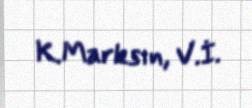
K.Marksın, V.İ.